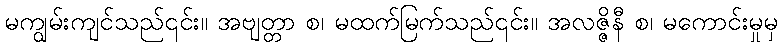
မကျွမ်းကျင်သည်၎င်း။ အဗျတ္တာ စ၊ မထက်မြက်သည်၎င်း။ အလဇ္ဇိနီ စ၊ မကောင်းမှုမှ